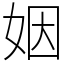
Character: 姻